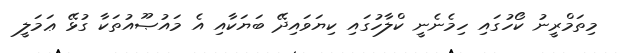
މިތަމްރީނު ކޯހުގައި ހިމެނެނީ ކްލާހުގައި ކިޔަވައިދޭ ބަޔަކާއި އެ މައުޞޫއުތަކާ ގުޅޭ ޢަމަލީ